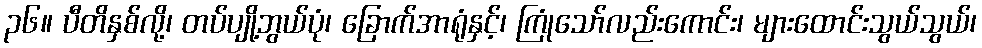
၃၆။ ပီတိနှစ်လို့၊ တပ်ပျို့ဘွယ်ပုံ၊ ခြောက်အာရုံနှင့်၊ ကြုံသော်လည်းကောင်း၊ များထောင်းသွယ်သွယ်၊